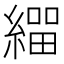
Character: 𦄛